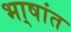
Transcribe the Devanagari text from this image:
भा्षांत